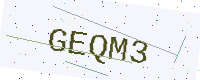
Text: GEQM3